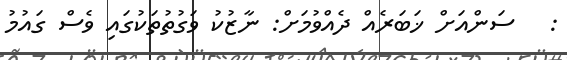
:   ސަންއަށް ޚަބަރެއް ދެއްވުމަށް: ނާޒުކު ވަގުތުތަކުގައި ވެސް ގައުމު